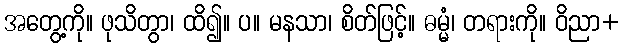
အတွေ့ကို။ ဖုသိတွာ၊ ထိ၍။ ပ။ မနသာ၊ စိတ်ဖြင့်။ ဓမ္မံ၊ တရားကို။ ဝိညာ+